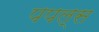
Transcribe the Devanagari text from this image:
पपल्स